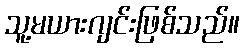
သူ့မယားဂျင်းဖြစ်သည်။